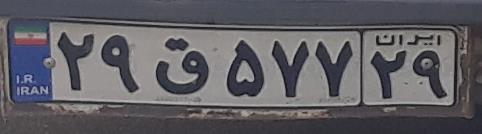
۲۹ق۵۷۷۲۹